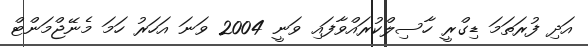
އަދި ފުރަތަމަ ޑިގްރީ ހާސިލްކުރައްވާފައި ވަނީ 2004 ވަނަ އަހަރު ހަމަ މެނޭޖްމަންޓް